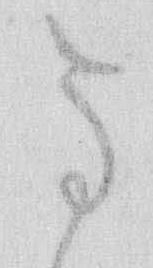
な